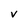
Character: V